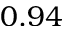
0 . 9 4